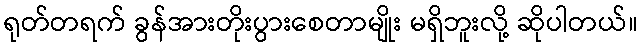
ရုတ်တရက် ခွန်အားတိုးပွားစေတာမျိုး မရှိဘူးလို့ ဆိုပါတယ်။